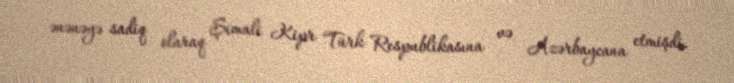
ənənəyə sadiq olaraq Şimali Kipr Türk Respublikasına və Azərbaycana etmişdi.